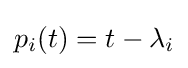
p_{i}(t)=t-\lambda _{i}